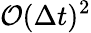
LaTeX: \mathcal{O}(\Delta t)^{2}